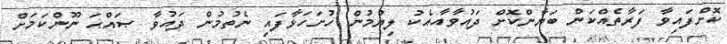
ކޮށްފައިވާ ފަރާތެއްކަން ބަޔާންކޮށް ދައުވާއާއެކު ލިޔުމުން ހުށަހަޅާފައި ނެތުމުން ދައުވާ ޞައްޙަ ނޫންކަމަށް